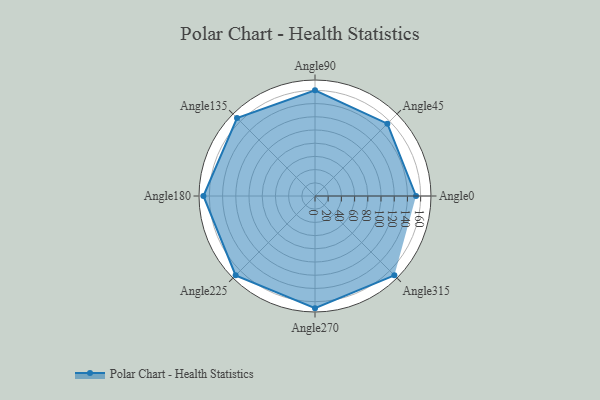
{"axis": {"x": "Angle", "y": "Radius"}, "legend": [""], "data": [{"x": "Angle0", "y": 153.0, "type": ""}, {"x": "Angle45", "y": 155.0, "type": ""}, {"x": "Angle90", "y": 160.0, "type": ""}, {"x": "Angle135", "y": 167.0, "type": ""}, {"x": "Angle180", "y": 169.0, "type": ""}, {"x": "Angle225", "y": 170, "type": ""}, {"x": "Angle270", "y": 170, "type": ""}, {"x": "Angle315", "y": 170, "type": ""}]}